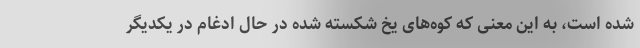
شده است، به این معنی که کوه‌های یخ شکسته شده در حال ادغام در یکدیگر